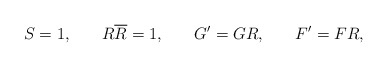
\begin{align*}S=1,\hspace{0.3in}R\overline{R}=1,\hspace{0.3in}G^{\prime}=GR,\hspace{0.3in}F^{\prime }=FR, \end{align*}